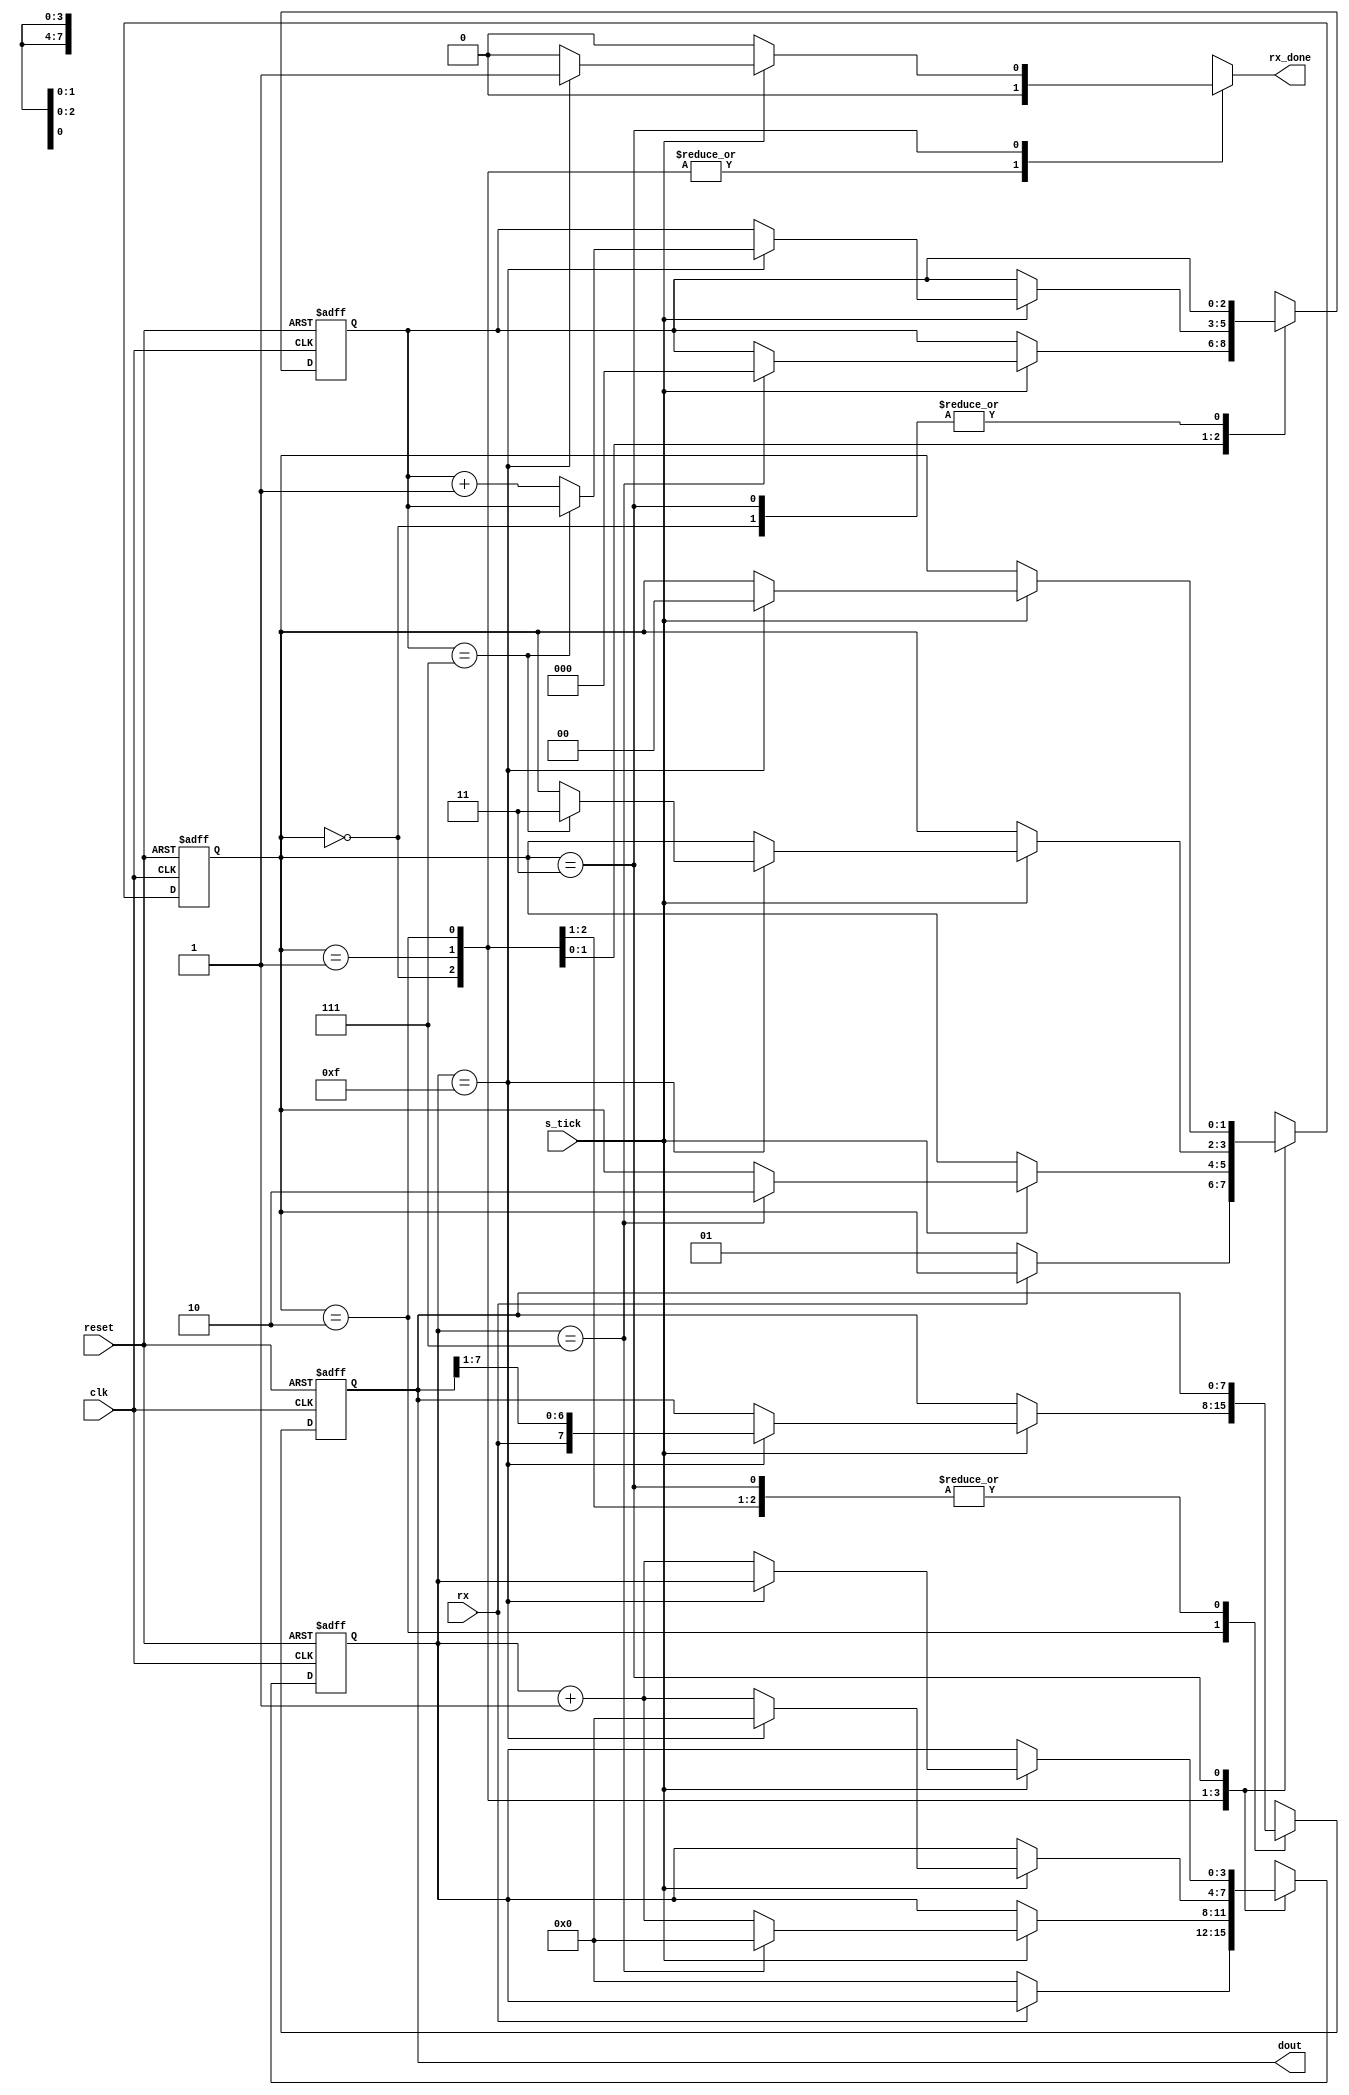
`timescale 10ns / 10ns

module uart_rx  #(
        parameter       DBIT    =   8   ,   //  Cantidad de bits de datos
        parameter       SB_TICK =   16      //  Ticks para el bit de stop
    )
    (
        input   wire    clk, reset      ,
        input   wire    rx, s_tick      ,
        output  reg     rx_done         ,
        output  wire    [DBIT-1:0]  dout
    );
    
    //  Estados de la maquina de estados
    localparam[1:0]
        IDLE        =   2'b00           ,
        START       =   2'b01           ,
        DATA        =   2'b10           ,
        STOP        =   2'b11           ;
    
    //  Declaracion de las se;ales auxiliares
    reg [1:0]   state_reg,  state_next  ;
    reg [3:0]   s_reg,  s_next          ;
    reg [2:0]   n_reg,  n_next          ;
    reg [7:0]   b_reg,  b_next          ;
    
    // Bloque de la memoria
    always  @(posedge clk, posedge reset)
        if (reset)
            begin
                state_reg   <=  IDLE    ;
                s_reg       <=  0       ;
                n_reg       <=  0       ;
                b_reg       <=  0       ;
            end
        else
            begin
                state_reg   <=  state_next;
                s_reg       <=  s_next  ;
                n_reg       <=  n_next  ;
                b_reg       <=  b_next  ;
            end
    
    //Bloque de logica del estado siguiente
    always  @*
    begin
        state_next      =   state_reg   ;
        rx_done         =   1'b0        ;
        s_next          =   s_reg       ;
        n_next          =   n_reg       ;
        b_next          =   b_reg       ;
        
        case (state_reg)
            IDLE:
                if (~rx)
                    begin
                        state_next  =   START   ;
                        s_next      =   0       ;
                    end
            START:
                if (s_tick)
                    if(s_reg==7)
                        begin
                            state_next  = DATA  ;
                            s_next      =   0   ;
                            n_next      =   0   ;
                        end
                    else
                        s_next  =   s_reg + 1   ;
            DATA:
                if  (s_tick)
                    if  (s_reg==15)
                        begin
                            s_next      =   0   ;
                            b_next      =   {rx, b_reg[7:1]};
                            if (n_reg==(DBIT-1))
                                state_next  =   STOP        ;
                            else
                                n_next      =   n_reg + 1   ;
                        end
                    else
                        s_next  =   s_reg + 1   ;
            STOP:
                if  (s_tick)
                    if  (s_reg==(SB_TICK - 1))
                        begin
                            state_next  =   IDLE;
                            rx_done     =   1'b1;
                        end
                    else
                        s_next  =   s_reg + 1   ;
        endcase
    end
    
    //  Salida
    assign  dout    =   b_reg   ;

endmodule